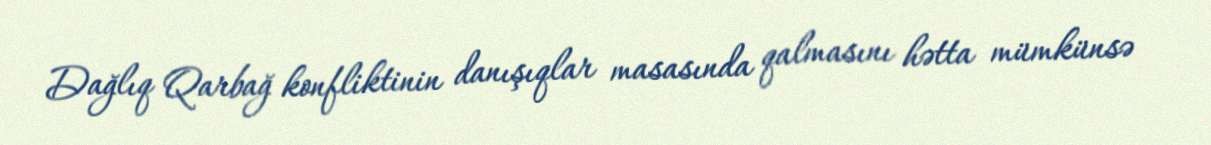
Dağlıq Qarbağ konfliktinin danışıqlar masasında qalmasını hətta mümkünsə